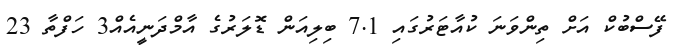
ފޭސްބުކް އަށް ތިންވަނަ ކުއާޓަރުގައި 7.1 ބިލިއަން ޑޮލަރުގެ އާމްދަނީއެއް3 ހަފްތާ 23